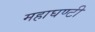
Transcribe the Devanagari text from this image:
महाघण्टी